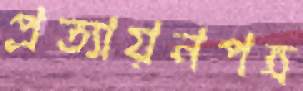
প্রত্যায়নপত্র